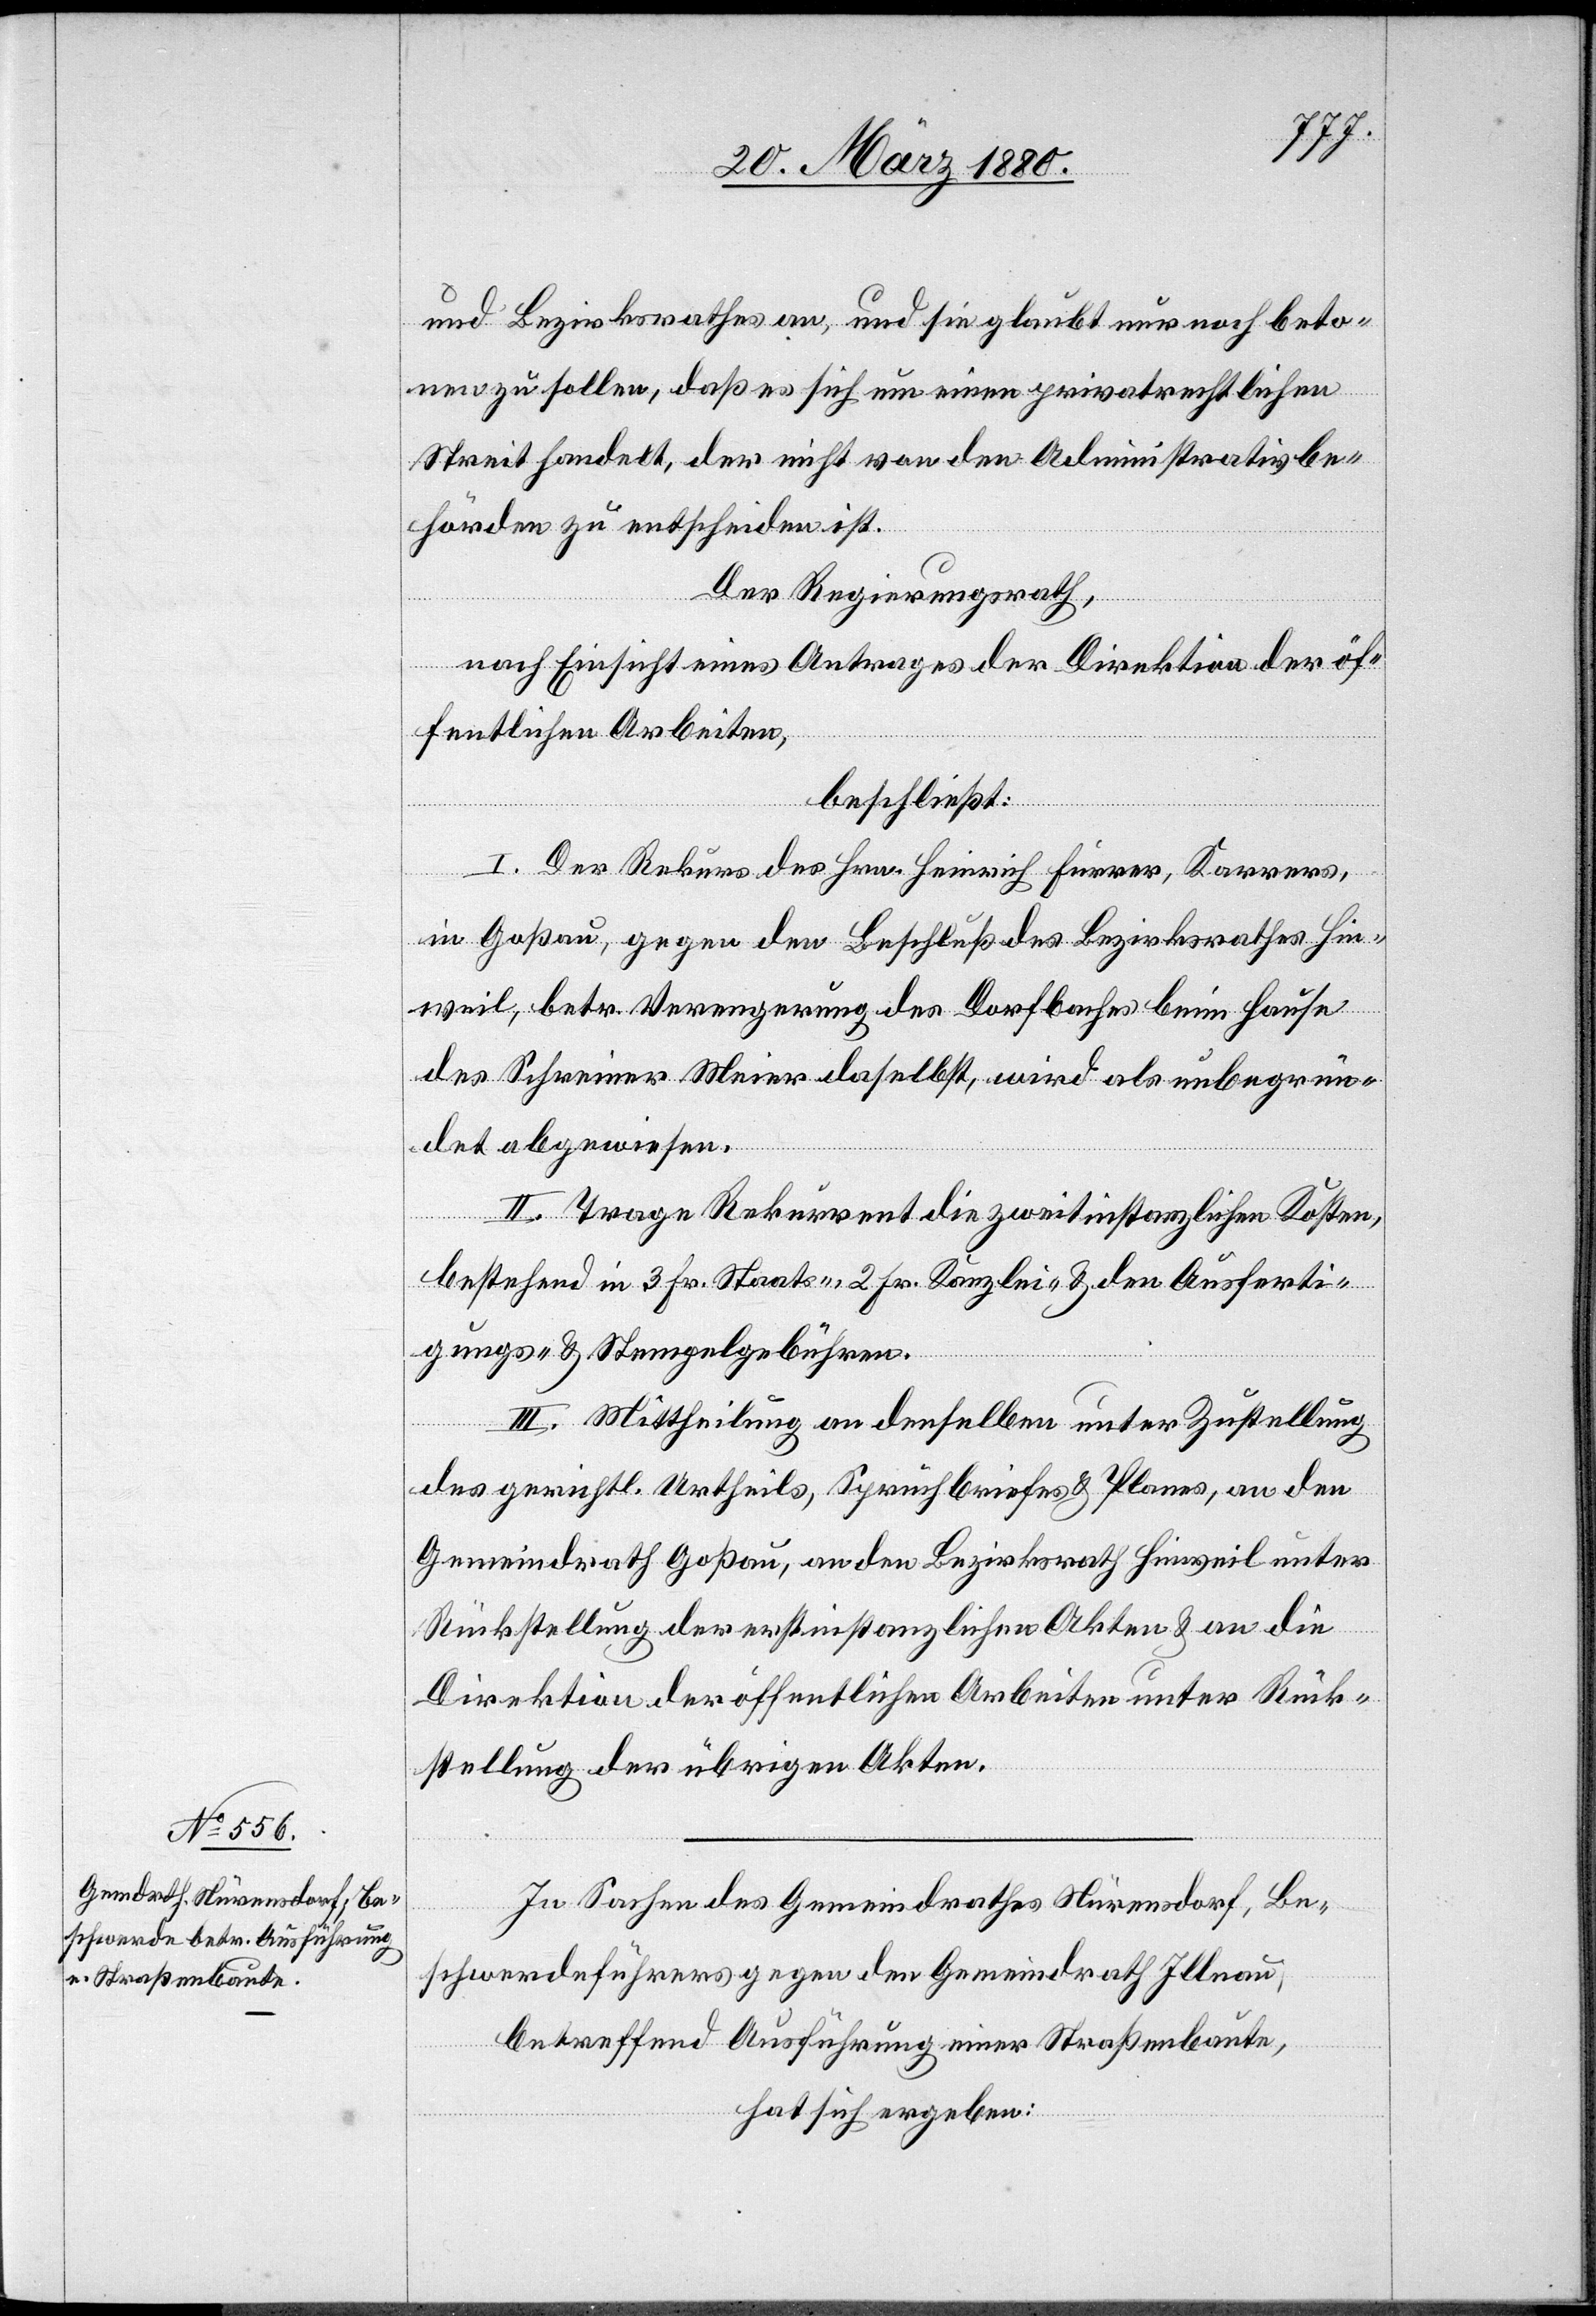
und Bezirksrathes an, und sie glaubt nur noch beto¬
nen zu sollen, daß es sich um einen privatrechtlichen
Streit handelt, der nicht von den Administrativbe¬
hörden zu entscheiden ist.
Der Regierungsrath,
nach Einsicht eines Antrages der Direktion der öf¬
fentlichen Arbeiten,
beschließt:
I. Der Rekurs des Hrn. Heinrich Furrer, Karrers,
in Goßau, gegen den Beschluß des Bezirksrathes Hin¬
weil, betr. Verengerung des Dorfbaches beim Hause
des Schreiner Meier daselbst, wird als unbegrün¬
det abgewiesen.
II. Trage Rekurrent die zweitinstanzlichen Kosten,
bestehend in 3 Fr. Staats-, 2 Fr. Kanzlei- & den Ausferti¬
gungs- & Stempelgebühren.
III. Mittheilung an denselben unter Zustellung
des gerichtl. Urtheils, Spruchbriefes & Planes, an den
Gemeindrath Goßau, an den Bezirksrath Hinweil unter
Rückstellung der erstinstanzlichen Akten & an die
Direktion der öffentlichen Arbeiten unter Rück¬
stellung der übrigen Akten.
In Sachen des Gemeindrathes Nürensdorf, Be¬
schwerdeführers gegen den Gemeindrath Illnau,
betreffend Ausführung einer Straßenbaute,
hat sich ergeben: